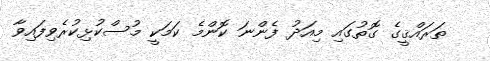
ތަރައްޤީގެ ގޮތުގައި މިއަދު ފެންނަ ކޮންމެ ކަމަކީ މުސްކުޅިކުރެވިފައިވާ